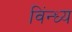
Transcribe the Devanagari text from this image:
विंन्ध्य